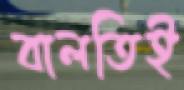
বালতিই